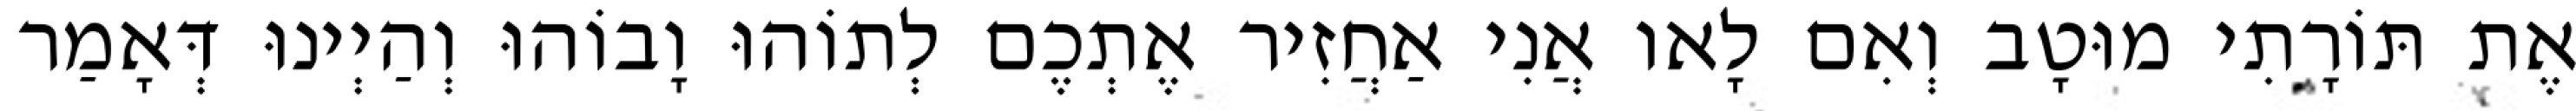
אֶת תּוֹרָתִי מוּטָב וְאִם לָאו אֲנִי אַחֲזִיר אֶתְכֶם לְתוֹהוּ וָבוֹהוּ וְהַיְינוּ דְּאָמַר